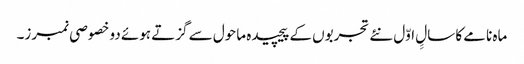
ماہ نامے کا سالِِ اوّل نئے تجربوں کے پیچیدہ ماحول سے گزتے ہوئے دو خصوصی نمبرز۔